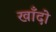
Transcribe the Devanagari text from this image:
खाँदो